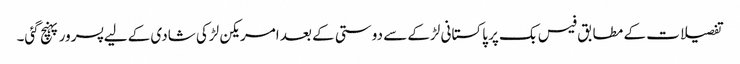
تفصیلات کے مطابق فیس بک پر پاکستانی لڑکے سے دوستی کے بعد امریکن لڑکی شادی کے لیے پسرور پہنچ گئی۔